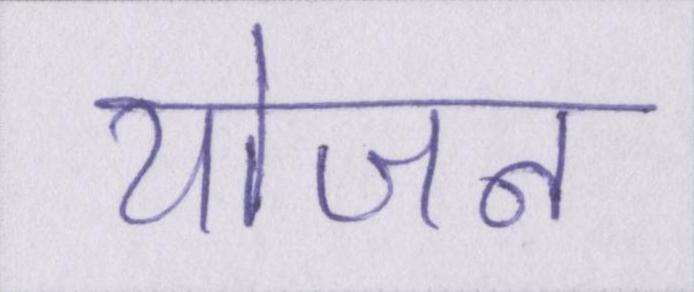
योजन